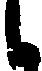
候